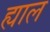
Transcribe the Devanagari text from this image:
ह्याल